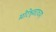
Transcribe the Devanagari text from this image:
मोरेश्र्वराच्या